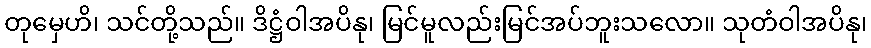
တုမှေဟိ၊ သင်တို့သည်။ ဒိဋ္ဌံဝါအပိနု၊ မြင်မူလည်းမြင်အပ်ဘူးသလော။ သုတံဝါအပိနု၊